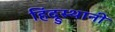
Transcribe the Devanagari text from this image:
हिंदूुस्थानी